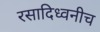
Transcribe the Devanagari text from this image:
रसादिध्वनीच